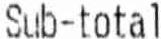
SUB-TOTAL